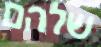
שלהם